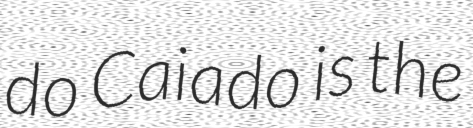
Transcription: do Caiado is the